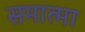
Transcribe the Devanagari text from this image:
समात्मा